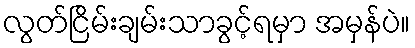
လွတ်ငြိမ်းချမ်းသာခွင့်ရမှာ အမှန်ပဲ။